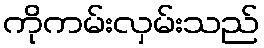
ကိုကမ်းလှမ်းသည်